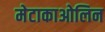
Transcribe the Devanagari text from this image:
मेटाकाओलिन